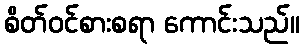
စိတ်ဝင်စားစရာ ကောင်းသည်။